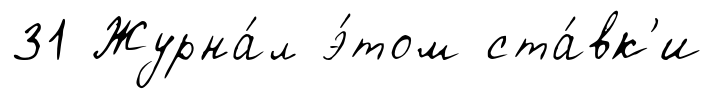
31 Журна́л э́том ста́вк'и